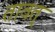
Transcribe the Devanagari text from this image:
तावत्